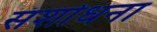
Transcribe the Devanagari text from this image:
संशोधना